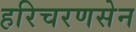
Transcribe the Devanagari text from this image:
हरिचरणसेन